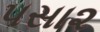
૫સા૨